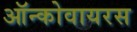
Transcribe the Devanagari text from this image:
ऑन्कोवायरस